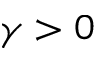
\gamma > 0